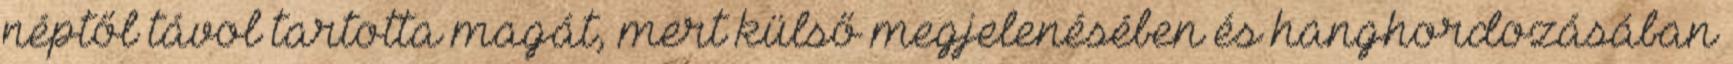
néptől távol tartotta magát, mert külső megjelenésében és hanghordozásában